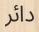
دائر